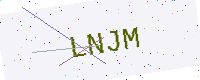
Text: LNJM